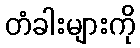
တံခါးများကို